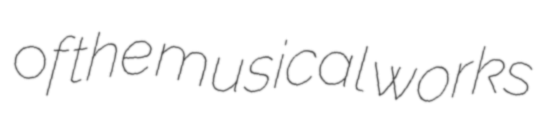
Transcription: of the musical works